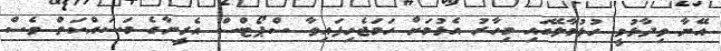
އޭނާ ވިދާޅުވީ ހުޅުމާލޭގައި މިހާރު އެޅުމަށް ހަމަޖެހިފައިވާ ސްޕޯޓްސް އެރީނާގެ މަސައްކަތް ވެސް